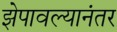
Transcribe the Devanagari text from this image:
झेपावल्यानंतर